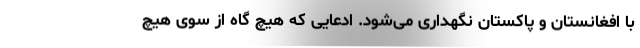
با افغانستان و پاکستان نگهداری می‌شود. ادعایی که هیچ گاه از سوی هیچ